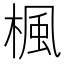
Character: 楓